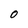
Character: O